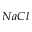
N a C l